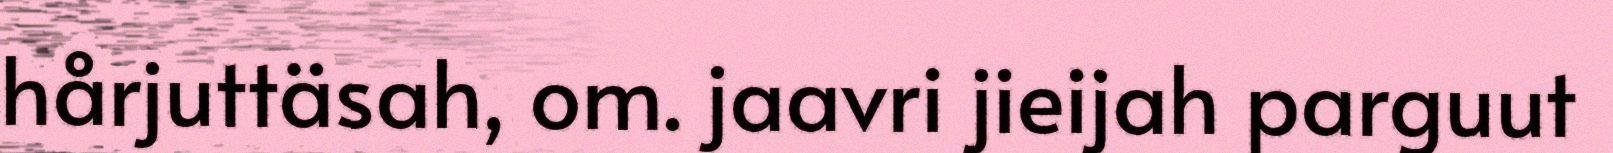
hårjuttäsah, om. jaavri jieijah parguut